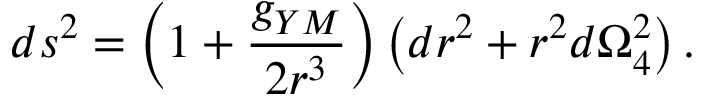
d s ^ { 2 } = \left( 1 + \frac { g _ { Y M } } { 2 r ^ { 3 } } \right) \left( d r ^ { 2 } + r ^ { 2 } d \Omega _ { 4 } ^ { 2 } \right) .